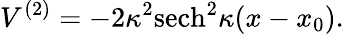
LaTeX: V^{(2)}=-2\kappa^{2}\mathrm{sech}^{2}\kappa(x-x_{0}).